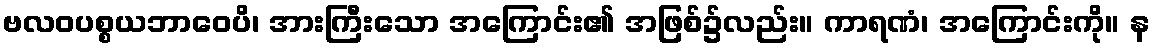
ဗလဝပစ္စယဘာဝေပိ၊ အားကြီးသော အကြောင်း၏ အဖြစ်၌လည်း။ ကာရဏံ၊ အကြောင်းကို။ န